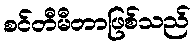
စင်တီမီတာဖြစ်သည်